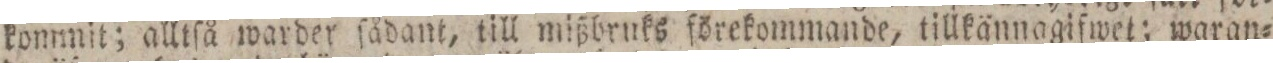
kommit; alltſå warder ſådant, till mißbruks förekommande, tillkännagifwet; waran=